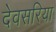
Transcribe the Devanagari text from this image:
देवसरिया